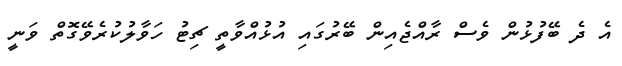
އެ ދެ ބޭފުޅުން ވެސް ރާއްޖެއިން ބޭރުގައި އުޅުއްވާތީ ޗިޓު ހަވާލުކުރެވޭގޮތް ވަނީ